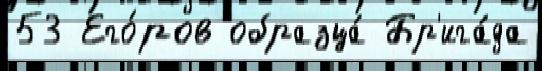
53 Его́ров образца́ Бр'ига́да